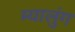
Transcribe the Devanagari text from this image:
म्यालुंग